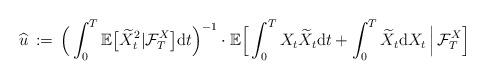
LaTeX: \begin{align*} \widehat{u} \, :=\, \Big( \int^{T}_{0} \mathbb E \big[ \widetilde{X}_{t}^{2} \vert \mathcal F_{T}^{X} \big] {\mathrm d} t \Big)^{-1} \cdot \mathbb E \Big[ \int^{T}_{0} X_{t} \widetilde{X}_{t}{\mathrm d} t + \int^{T}_{0} \widetilde{X}_{t} {\mathrm d} X_{t} \, \Big \vert \, \mathcal F_{T}^{X} \Big] \, \end{align*}